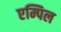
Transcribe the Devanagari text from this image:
एम्पिल